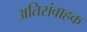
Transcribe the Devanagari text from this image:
अतिसंवाहक